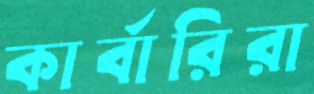
কার্বারিরা